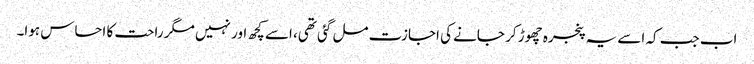
اب جب کہ اسے یہ پنجرہ چھوڑ کر جانے کی اجازت مل گئی تھی، اسے کچھ اور نہیں مگر راحت کا احساس ہوا۔